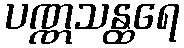
ပဏ္ဏသန္ထရေ